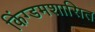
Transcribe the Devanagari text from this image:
किंग्डमशासित